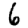
Digit: 6